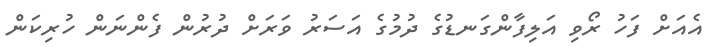
އެއަށް ފަހު ރޯވި އަލިފާންގަނޑުގެ ދުމުގެ އަސަރު ވަރަށް ދުރުން ފެންނަން ހުރިކަން